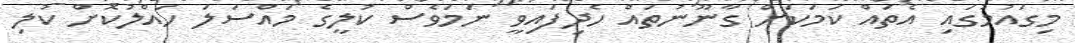
މިގައުމުގައި އެތައް ކަމަކަށް ގާނޫނުތައް ހެދިފައިވީ ނަމަވެސް ކުލީގެ މައްސަލަ ހައްލުކޮށް ކުލި